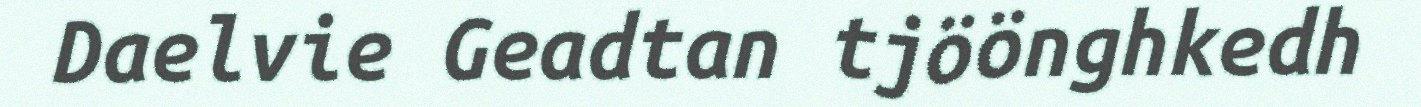
Daelvie Geadtan tjöönghkedh